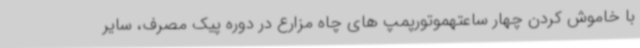
با خاموش کردن چهار ساعتهموتورپمپ های چاه مزارع در دوره پیک مصرف، سایر